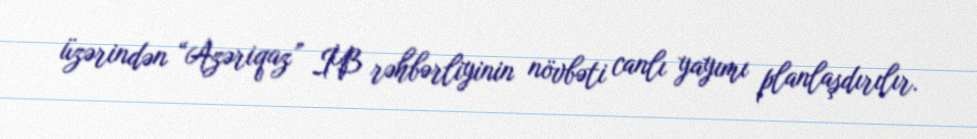
üzərindən “Azəriqaz” İB rəhbərliyinin növbəti canlı yayımı planlaşdırılır.